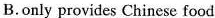
B.only provides Chinese food